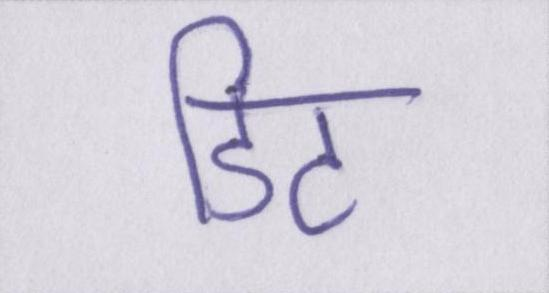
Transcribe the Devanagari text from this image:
डिट